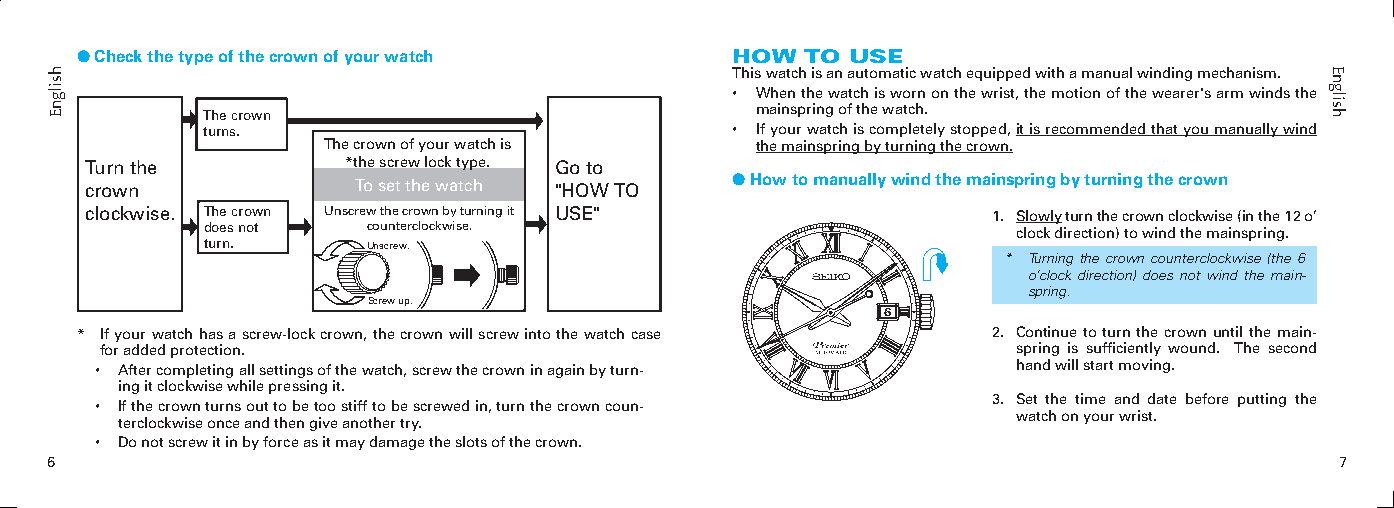
● Check the type of the crown of your watch HOW TO USE
 This watch is an automatic watch equipped with a manual winding mechanism.
 • When the watch is worn on the wrist, the motion of the wearer's arm winds the
 The crown                            mainspring of the watch.
 turns.                             • If your watch is completely stopped, it is recommended that you manually wind
 The crown of your watch is   the mainspring by turning the crown.
 Turn the         *the screw lock type. Go to
 crown            To set the watch "HOW TO ● How to manually wind the mainspring by turning the crown
 clockwise. The crown Unscrew the crown by turning it USE"   1. Slowly turn the crown clockwise (in the 1 o’
 does not   counterclockwise.                          clock direction) to wind the mainspring.
 turn.      Unscrew.
 * Turning the crown counterclockwise (the 6
 o’clock direction) does not wind the main-
 spring.
 Screw up.
 6
 * If your watch has a screw-lock crown, the crown will screw into the watch case . Continue to turn the crown until the main-
 for added protection.                                       spring is sufficiently wound. The second
 • After completing all settings of the watch, screw the crown in again by turn- hand will start moving.
 ing it clockwise while pressing it.
 . Set the time and date before putting the
 • If the crown turns out to be too stiff to be screwed in, turn the crown coun-
 watch on your wrist.
 terclockwise once and then give another try.
 • Do not screw it in by force as it may damage the slots of the crown.
 6                                                                                     
 hsilgnE                                                                              English